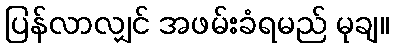
ပြန်လာလျှင် အဖမ်းခံရမည် မုချ။